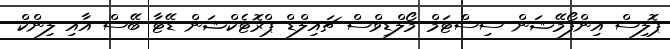
ޕޮލިސް އިންފޯމޭޝަން ސިސްޓަމް މޯލްޑިވްސް ޗައިލްޑް ޕްރޮޓެކްޝަން ޑޭޓާ ބޭސް އާއި ލިންކް